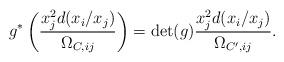
LaTeX: \begin{align*}g^* \left( \frac{x_j^2 d(x_i/x_j)}{\Omega_{C,ij}}\right) =\mathrm{det}(g)\frac{x_j^2 d(x_i/x_j)}{\Omega_{C',ij}}.\end{align*}